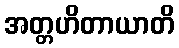
အတ္တဟိတာယာတိ